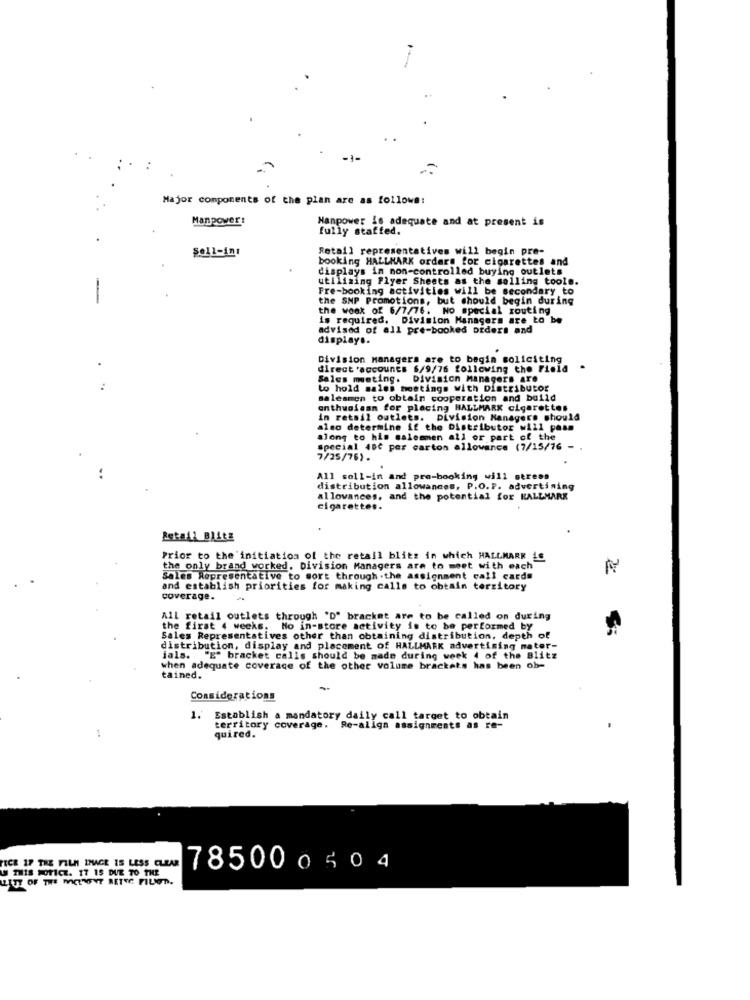
-1-
Major components of the plan are as follows:
Manpower:
Manpower is adequate and at present is
fully staffed.
Sell-int
Retail representatives will begin pre-
booking HALLMARK orders for cigarettes and
displays in non-controlled buying outlets
utilizing Flyer Sheets as the solling tools.
Fre-booking activities will be secondary to
the SMP Promotions, but should begin during
the wook of 6/7/76. No special routing
is required. Division Managers are to be
advised of all pre-booked orders and
displays.
Division Managers are to begin soliciting
direct 'accounts 6/9/76 following the Field
Sales meeting. Division Managers are
to hold sales meetings with Distributor
salesmen to obtain cooperation and build
enthusiasm for placing HALLMARK cigarettes
in retail outlets. Division Managers should
also determine if the Distributor will pass
along to his salemmen all or part of the
special 400 per carton allowance (7/15/76 -
7/25/76).
All soll-in and pre-booking will stress
distribution allowances, P.O.P. advertising
allowances, and the potential for HALLMARK
cigarettes.
Retail BlitE
Prior to the 'initiation of the retail blitz in which HALLMARK is
the only brand worked. Division Managers are to meet with each
Sales Representative to sort through .the assignment call cards
and establish priorities for making calls to obtain territory
coverage.
All retail outlets through "D" bracket are to be called on during
the first 4 weeks. No in-store activity is to be performed by
Sales Representatives other than obtaining distribution, depth of
distribution, display and placement of HALLMARK advertising mater-
ials. "E" bracket calls should be made during week 4 of the Blitz
when adequate coverage of the other volume brackets has been ob-
tained.
-
Considerations
1. Establish a mandatory daily call target to obtain
territory coverage. Re-align assignments as re-
quired.
ICE IF THE FILM IMAGE IS LESS CLEAR
THIS NOTICE. 17 15 DUE TO THE
785000404
LLITT OF THE MICURGENT BETTE FILET.